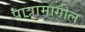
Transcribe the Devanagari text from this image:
पात्रामागील